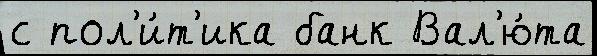
с пол'и́т'ика банк Вал'ю́та